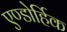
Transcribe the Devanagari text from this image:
एण्डोर्हिक